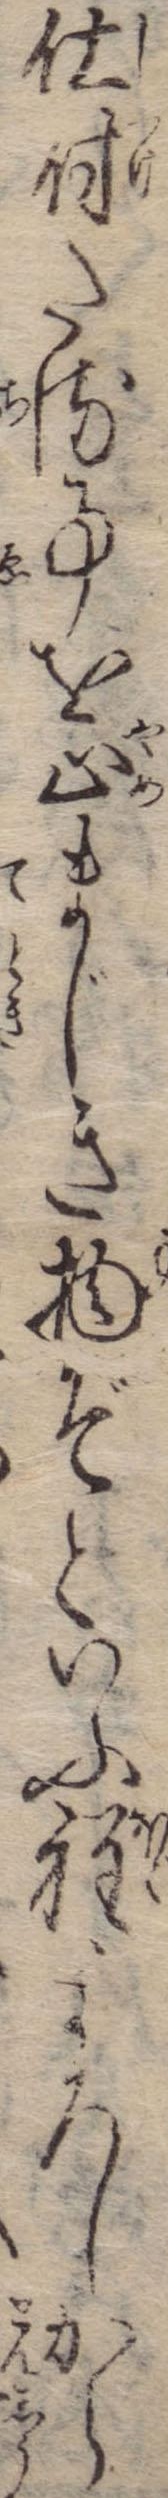
仕付たる事を止まじき物ぞといふ程よろしから